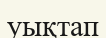
уықтап